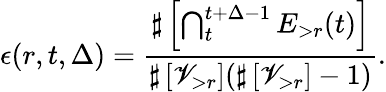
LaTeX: \epsilon(r,t,\Delta)=\frac{\sharp\left[\bigcap_{t}^{t+\Delta-1}E_{>r}(t)\right]}{\sharp\left[\mathscr{V}_{>r}\right](\sharp\left[\mathscr{V}_{>r}\right]-1)}.